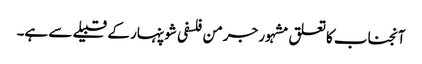
آنجناب کا تعلق مشہور جرمن فلسفی شوپنہار کے قبیلے سے ہے۔